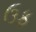
ઉફ